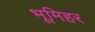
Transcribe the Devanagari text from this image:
भूमिहर